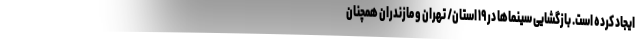
ایجاد کرده است. بازگشایی سینماها در ۱۹ استان/ تهران و مازندران همچنان